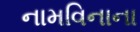
નામવિનાના